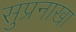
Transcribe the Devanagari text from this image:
सुप्रनाखा